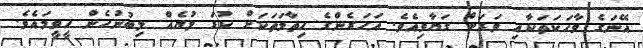
އޭނަގެ ވާހަކަތަކާއި ވަރަށް ގަޔާވިއެވެ. އަހަރެންގެ ހިތާމަތަކަށް ކުޑަ ލުޔެއް ލިބުނުހެން ހީވީމައެވެ.